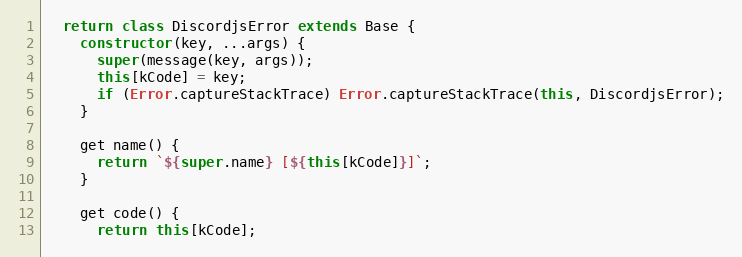
Language: JavaScript
  return class DiscordjsError extends Base {
    constructor(key, ...args) {
      super(message(key, args));
      this[kCode] = key;
      if (Error.captureStackTrace) Error.captureStackTrace(this, DiscordjsError);
    }

    get name() {
      return `${super.name} [${this[kCode]}]`;
    }

    get code() {
      return this[kCode];